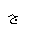
Letter: _gim